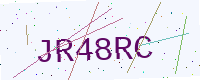
Text: JR48RC